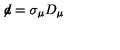
\not \! d = \sigma _ { \mu } D _ { \mu }